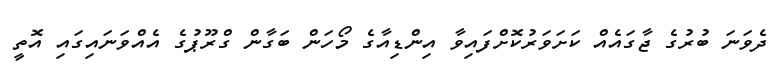
ދެވަނަ ބުރުގެ ޖާގައެއް ކަށަވަރުކޮށްފައިވާ އިންޑިއާގެ މޯހަން ބަގާން ގްރޫޕުގެ އެއްވަނައިގައި އޮތީ